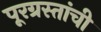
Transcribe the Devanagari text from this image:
पूरग्रस्तांची